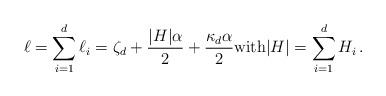
LaTeX: \begin{align*}\ell =\sum_{i=1}^d \ell_i= \zeta_{d} + \frac{|H|\alpha}{2} +\frac{\kappa_d\alpha }{2 } {\rm with}|H|=\sum_{i=1}^d H_i\,.\end{align*}